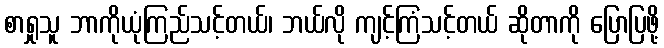
စာရှုသူ ဘာကိုယုံကြည်သင့်တယ်၊ ဘယ်လို ကျင့်ကြံသင့်တယ် ဆိုတာကို ပြောပြဖို့